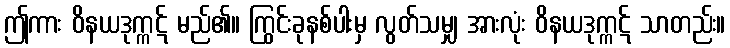
ဤကား ဝိနယဒုက္ကဋ် မည်၏။ ကြွင်းခုနစ်ပါးမှ လွတ်သမျှ အားလုံး ဝိနယဒုက္ကဋ် သာတည်း။